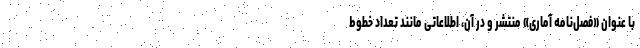
با عنوان «فصل‌نامهٔ آماری» منتشر و در آن، اطلاعاتی مانند تعداد خطوط